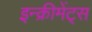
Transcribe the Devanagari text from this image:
इन्‍क्रीमेंट्‌स